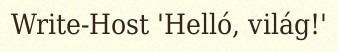
Write-Host 'Helló, világ!'